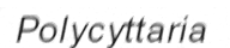
Polycyttaria